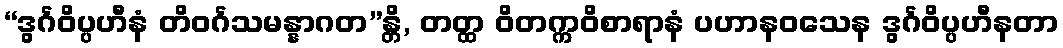
“ဒွင်္ဂဝိပ္ပဟီနံ တိဝင်္ဂသမန္နာဂတ”န္တိ, တတ္ထ ဝိတက္ကဝိစာရာနံ ပဟာနဝသေန ဒွင်္ဂဝိပ္ပဟီနတာ